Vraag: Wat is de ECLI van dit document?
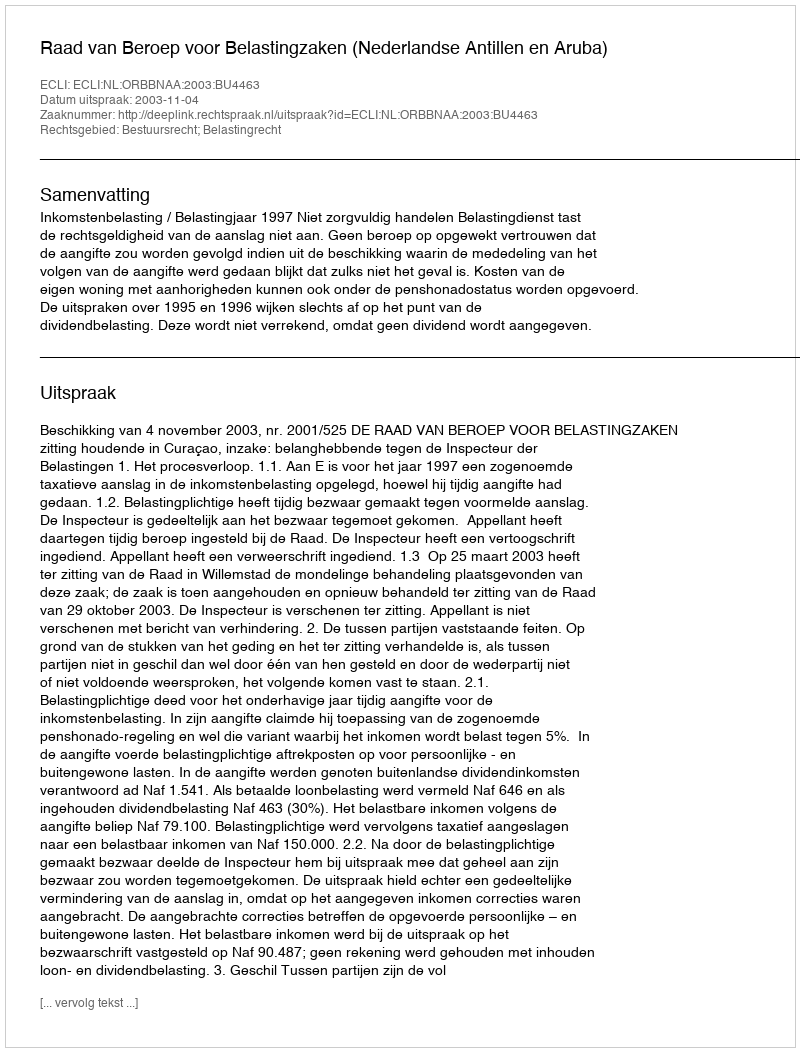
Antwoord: ECLI:NL:ORBBNAA:2003:BU4463